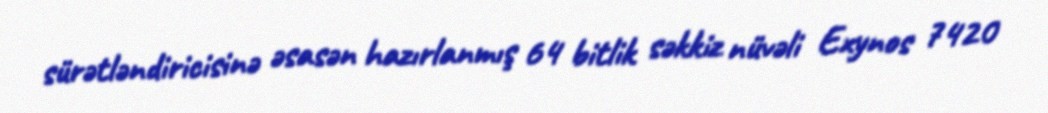
sürətləndiricisinə əsasən hazırlanmış 64 bitlik səkkiz nüvəli Exynos 7420